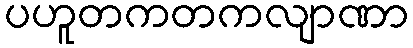
ပဟူတကတကလျာဏာ